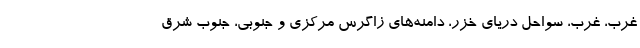
غرب، غرب، سواحل دریای خزر، دامنه‌های زاگرس مرکزی و جنوبی، جنوب شرق